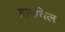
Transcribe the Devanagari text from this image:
ग्रामथिल